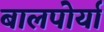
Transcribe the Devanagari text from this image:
बालपोर्या